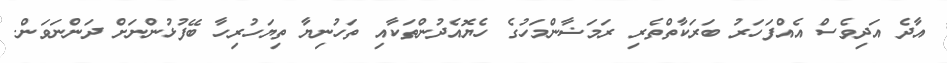
އާދެ އަދިވެސް އެއްފަހަރު ބަރަކާތްތެރި ރަމަޟާންމަހުގެ ހެޔޮއެދުންތަކާއި ތަހުނިޔާ ތިޔަހުރިހާ ބޭފުޅުންނަށް ދަންނަވަން.